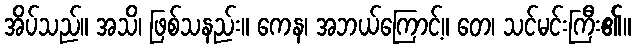
အိပ်သည်။ အသိ၊ ဖြစ်သနည်း။ ကေန၊ အဘယ်ကြောင့်။ တေ၊ သင်မင်းကြီး၏။